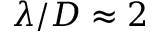
\lambda / D \approx 2